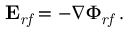
\mathbf { E } _ { \mathit { r f } } = - \nabla \Phi _ { \mathit { r f } } \; .